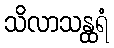
သိလာသန္ထရံ